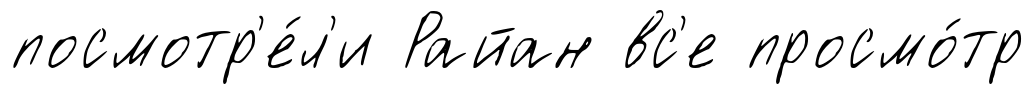
посмотр'е́л'и Райан вс'е просмо́тр